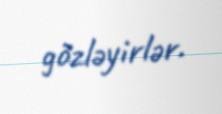
gözləyirlər.